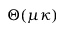
\Theta ( \mu \kappa )